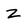
Character: Z